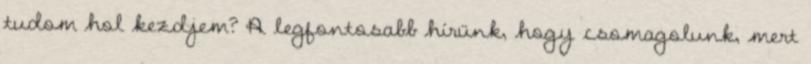
tudom hol kezdjem? A legfontosabb hírünk, hogy csomagolunk, mert